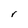
Character: r